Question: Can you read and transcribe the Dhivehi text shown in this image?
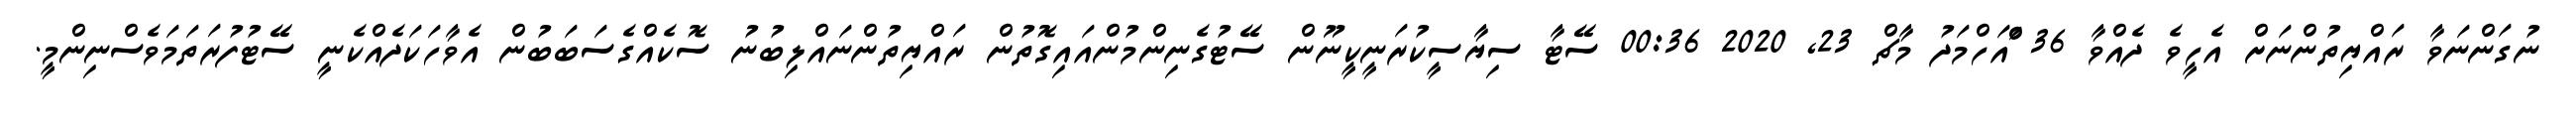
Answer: ނުގަންނަވާ ރައްޔިތުންނަށް އެހީވެ ދެއްވާ 36 ްައަހްމަދު މާޗް 23, 2020 00:36 ސޭޓާ ސިޔާސީކުރަނީކީނޫން ސޭޓުގެނިންމުންއައިގޮތުން ރައްޔިތުންނައްލިބުނު ސޮކެއްގެސަބަބުން އެވާހަކަދެއްކެނީ ސޭޓުފުރަތަމަވެސްނިންމީ.